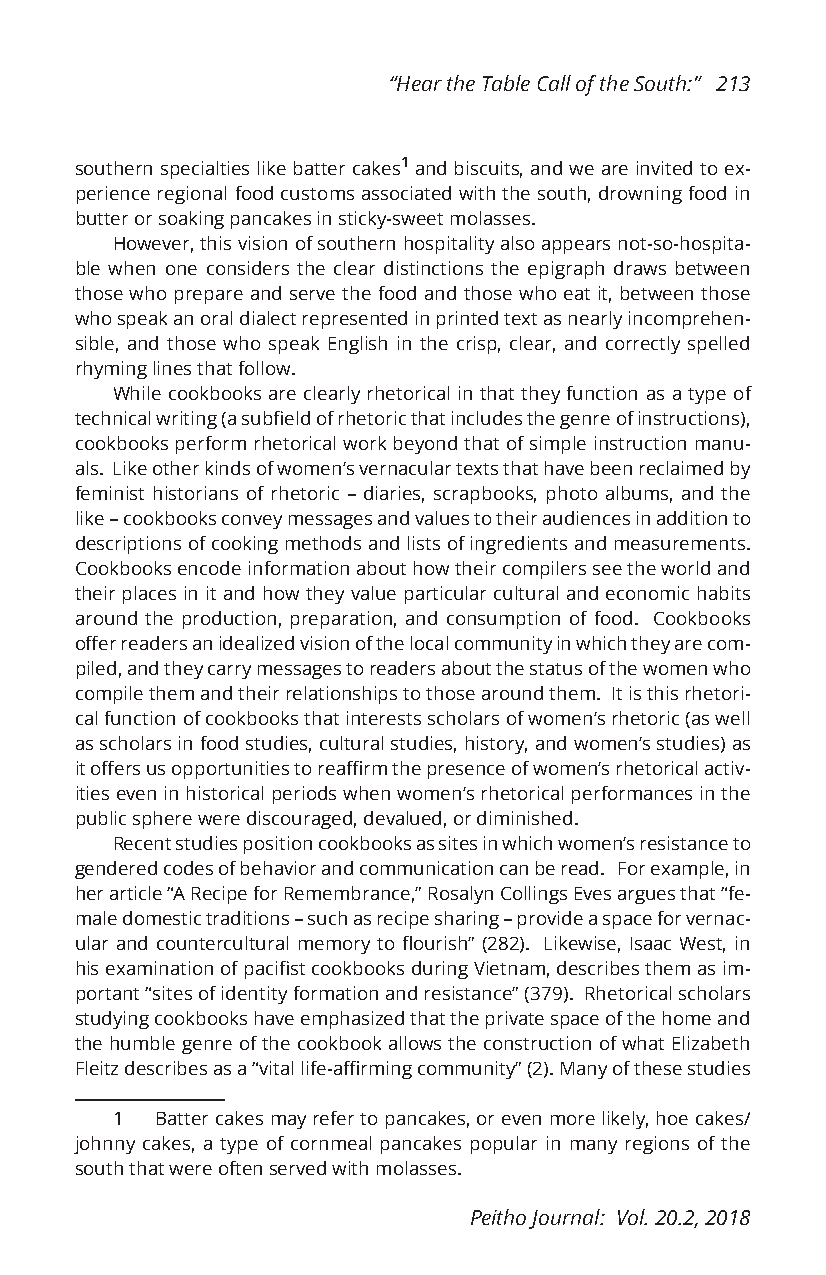
“Hear the Table Call of the South:” 213
 southern specialties like batter cakes1 and biscuits, and we are invited to ex-
 perience regional food customs associated with the south, drowning food in
 butter or soaking pancakes in sticky-sweet molasses.
 However, this vision of southern hospitality also appears not-so-hospita-
 ble when one considers the clear distinctions the epigraph draws between
 those who prepare and serve the food and those who eat it, between those
 who speak an oral dialect represented in printed text as nearly incomprehen-
 sible, and those who speak English in the crisp, clear, and correctly spelled
 rhyming lines that follow.
 While cookbooks are clearly rhetorical in that they function as a type of
 technical writing (a subfield of rhetoric that includes the genre of instructions),
 cookbooks perform rhetorical work beyond that of simple instruction manu-
 als. Like other kinds of women’s vernacular texts that have been reclaimed by
 feminist historians of rhetoric – diaries, scrapbooks, photo albums, and the
 like – cookbooks convey messages and values to their audiences in addition to
 descriptions of cooking methods and lists of ingredients and measurements.
 Cookbooks encode information about how their compilers see the world and
 their places in it and how they value particular cultural and economic habits
 around the production, preparation, and consumption of food. Cookbooks
 offer readers an idealized vision of the local community in which they are com-
 piled, and they carry messages to readers about the status of the women who
 compile them and their relationships to those around them. It is this rhetori-
 cal function of cookbooks that interests scholars of women’s rhetoric (as well
 as scholars in food studies, cultural studies, history, and women’s studies) as
 it offers us opportunities to reaffirm the presence of women’s rhetorical activ-
 ities even in historical periods when women’s rhetorical performances in the
 public sphere were discouraged, devalued, or diminished.
 Recent studies position cookbooks as sites in which women’s resistance to
 gendered codes of behavior and communication can be read. For example, in
 her article “A Recipe for Remembrance,” Rosalyn Collings Eves argues that “fe-
 male domestic traditions – such as recipe sharing – provide a space for vernac-
 ular and countercultural memory to flourish” (282). Likewise, Isaac West, in
 his examination of pacifist cookbooks during Vietnam, describes them as im-
 portant “sites of identity formation and resistance” (379). Rhetorical scholars
 studying cookbooks have emphasized that the private space of the home and
 the humble genre of the cookbook allows the construction of what Elizabeth
 Fleitz describes as a “vital life-affirming community” (2). Many of these studies
 1  Batter cakes may refer to pancakes, or even more likely, hoe cakes/
 johnny cakes, a type of cornmeal pancakes popular in many regions of the
 south that were often served with molasses.
 Peitho Journal: Vol. 20.2, 2018